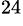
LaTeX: ^{24}